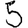
Digit: 5